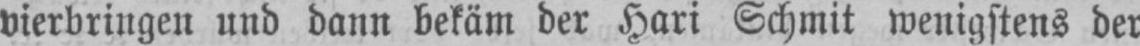
vierbringen und dann bekäm der Hari Schmit wenigstens der